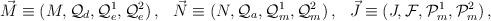
LaTeX: \begin{align*}\vec{M} \equiv(M ,{\cal Q}_{d} , {\cal Q}_{e}^{1} , {\cal Q}_{e}^{2})\, ,\hspace{.3cm}\vec{N} \equiv(N , {\cal Q}_{a} , {\cal Q}_{m}^{1} , {\cal Q}_{m}^{2})\, ,\hspace{.3cm}\vec{J} \equiv(J , {\cal F} , {\cal P}_{m}^{1} , {\cal P}_{m}^{2})\, ,\end{align*}